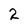
Character: 2